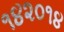
૧૪૨૦૧૪